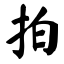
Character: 拍